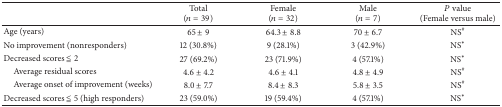
<table><thead><tr><td><b> </b></td><td><b>Total(<i>n</i> = 39)</b></td><td><b>Female(<i>n</i> = 32)</b></td><td><b>Male(<i>n</i> = 7)</b></td><td><b><i>P</i> value(Female versus male)</b></td></tr></thead><tbody><tr><td>Age (years)</td><td>65 ± 9</td><td>64.3 ± 8.8</td><td>70 ± 6.7</td><td>NS<sup>#</sup></td></tr><tr><td>No improvement (nonresponders)</td><td>12 (30.8%)</td><td>9 (28.1%)</td><td>3 (42.9%)</td><td>NS*</td></tr><tr><td>Decreased scores ≦ 2</td><td>27 (69.2%)</td><td>23 (71.9%)</td><td>4 (57.1%)</td><td>NS*</td></tr><tr><td> Average residual scores</td><td>4.6 ± 4.2</td><td>4.6 ± 4.1</td><td>4.8 ± 4.9</td><td>NS<sup>#</sup></td></tr><tr><td> Average onset of improvement (weeks)</td><td>8.0 ± 7.7</td><td>8.4 ± 8.3</td><td>5.8 ± 3.5</td><td>NS<sup>#</sup></td></tr><tr><td>Decreased scores ≦ 5 (high responders)</td><td>23 (59.0%)</td><td>19 (59.4%)</td><td>4 (57.1%)</td><td>NS*</td></tr></tbody></table>